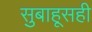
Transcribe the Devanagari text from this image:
सुबाहूसही